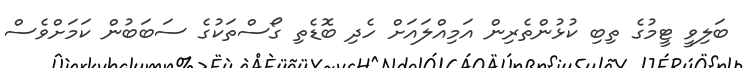
ބަލިވީ ޓީމުގެ ތިބި ކުޅުންތެރިން އަމިއްލައަށް ހެދި ބޮޑެތި ގޯސްތަކުގެ ސަބަބުން ކަމަށްވެސް